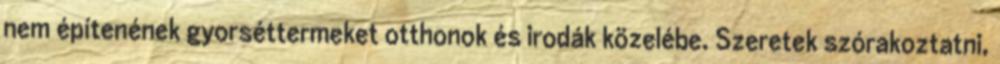
nem építenének gyorséttermeket otthonok és irodák közelébe. Szeretek szórakoztatni,